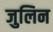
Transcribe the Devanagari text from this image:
जुलिन